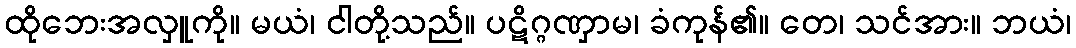
ထိုဘေးအလှူကို။ မယံ၊ ငါတို့သည်။ ပဋိဂ္ဂဏှာမ၊ ခံကုန်၏။ တေ၊ သင်အား။ ဘယံ၊